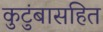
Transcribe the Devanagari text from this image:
कुटुंबासहित